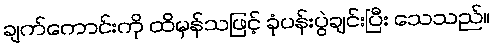
ချက်ကောင်းကို ထိမှန်သဖြင့် ခုံပန်းပွဲချင်းပြီး သေသည်။